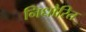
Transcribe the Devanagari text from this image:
निधौरित